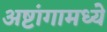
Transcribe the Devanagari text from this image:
अष्टांगामध्ये